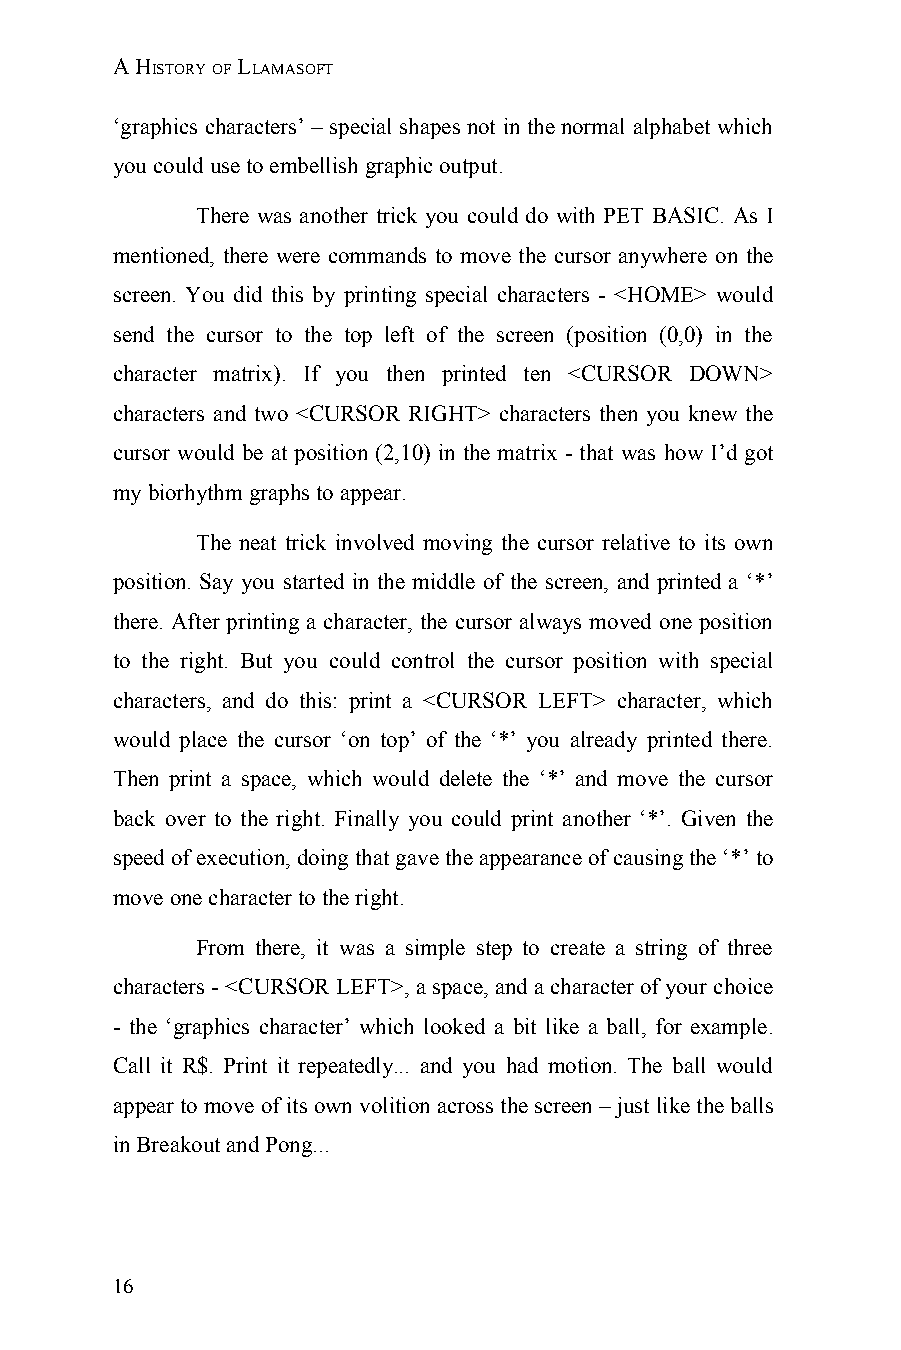
A HISTORY OF LLAMASOFT
 ‘graphics characters’ – special shapes not in the normal alphabet which
 you could use to embellish graphic output.
 There was another trick you could do with PET BASIC. As I
 mentioned, there were commands to move the cursor anywhere on the
 screen. You did this by printing special characters - <HOME> would
 send the cursor to the top left of the screen (position (0,0) in the
 character matrix). If you then printed ten <CURSOR DOWN>
 characters and two <CURSOR RIGHT> characters then you knew the
 cursor would be at position (2,10) in the matrix - that was how I’d got
 my biorhythm graphs to appear.
 The neat trick involved moving the cursor relative to its own
 position. Say you started in the middle of the screen, and printed a ‘*’
 there. After printing a character, the cursor always moved one position
 to the right. But you could control the cursor position with special
 characters, and do this: print a <CURSOR LEFT> character, which
 would place the cursor ‘on top’ of the ‘*’ you already printed there.
 Then print a space, which would delete the ‘*’ and move the cursor
 back over to the right. Finally you could print another ‘*’. Given the
 speed of execution, doing that gave the appearance of causing the ‘*’ to
 move one character to the right.
 From there, it was a simple step to create a string of three
 characters - <CURSOR LEFT>, a space, and a character of your choice
 - the ‘graphics character’ which looked a bit like a ball, for example.
 Call it R$. Print it repeatedly... and you had motion. The ball would
 appear to move of its own volition across the screen – just like the balls
 in Breakout and Pong...
 16